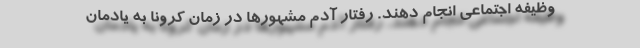
وظیفه اجتماعی انجام دهند. رفتار آدم مشهورها در زمان کرونا به یادمان